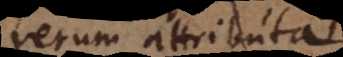
rerum attributa